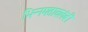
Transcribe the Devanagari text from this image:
भिन्नमतावलंबी